Civil Veterinary Department Bihar reports 1936-40 - 1936-1940
Year: 1936
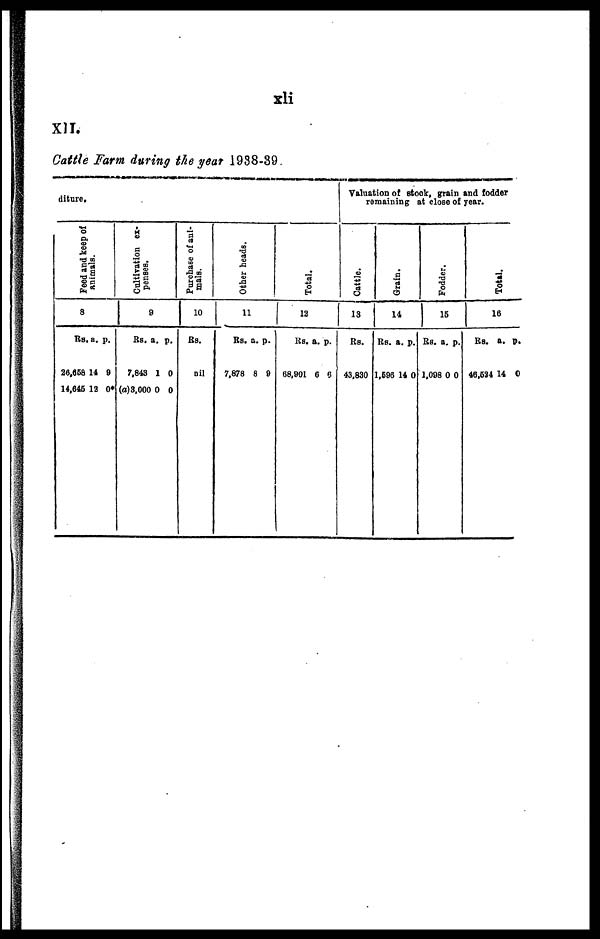
xli
XII.
Cattle Farm during the year 1938-39.
diture.
Peed and keep of
animals.
3
Rs, a. p.
26,658 14 9
14,645 12 0*
Cultivation ex-
penses.
9
Rs. a. p.
7,843 1 0
(a)3,000 0 0
Purchase of ani-
mals.
10
Rs.
nil
Other heads.
11
Rs. a. p.
7,878 8 9
Total.
12
Rs. a. p.
68,901 6 6
Valuation of stock, grain and fodder
remaining at close of year.
Cattle.
13
Rs.
43,830
Grain.
14
Rs. a. p.
1,596 14 0
Fodder.
15
Rs. a. p.
1,098 0 0
Total.
16
Rs. a. p.
46,524 14 0